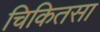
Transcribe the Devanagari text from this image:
चिकितसा